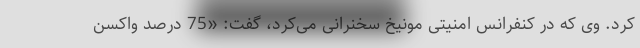
کرد. وی که در کنفرانس امنیتی مونیخ سخنرانی می‌کرد، گفت: «75 درصد واکسن